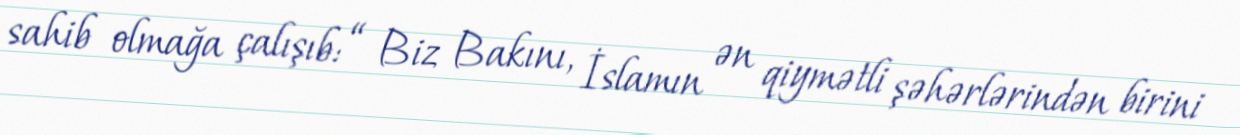
sahib olmağa çalışıb: “ Biz Bakını, İslamın ən qiymətli şəhərlərindən birini